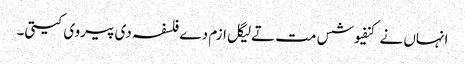
انہاں نے کنفیوشس مت تےلیگل ازم دے فلسفہ دی پیروی کیتی۔